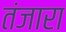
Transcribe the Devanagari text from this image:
तंजारा